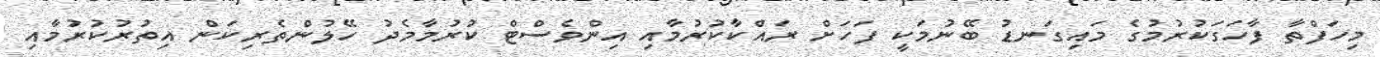
މިހަފްތާ ފާހަގަކުރުމުގެ މައިގަނޑު ބޭނުމަކީ ފަހަށް ރައްކާކުރުމާއި އިންވެސްޓް ކުރުމާމެދު ހޭލުންތެރިކަން އިތުރުކުރުމާއި